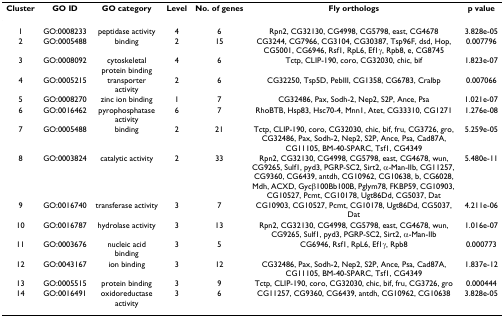
<table><thead><tr><td><b>Cluster</b></td><td><b>GO ID</b></td><td><b>GO category</b></td><td><b>Level</b></td><td><b>No. of genes</b></td><td><b>Fly orthologs</b></td><td><b>p value</b></td></tr></thead><tbody><tr><td>1</td><td>GO:0008233</td><td>peptidase activity</td><td>4</td><td>6</td><td>Rpn2, CG32130, CG4998, CG5798, east, CG4678</td><td>3.828e-05</td></tr><tr><td>2</td><td>GO:0005488</td><td>binding</td><td>2</td><td>15</td><td>CG3244, CG7966, CG3104, CG30387, Tsp96F, dsd, Hop, CG5001, CG6946, Rsf1, RpL6, Ef1γ, Rpb8, e, CG8745</td><td>0.007796</td></tr><tr><td>3</td><td>GO:0008092</td><td>cytoskeletal protein binding</td><td>4</td><td>6</td><td>Tctp, CLIP-190, coro, CG32030, chic, bif</td><td>1.823e-07</td></tr><tr><td>4</td><td>GO:0005215</td><td>transporter activity</td><td>2</td><td>6</td><td>CG32250, Tsp5D, PebIII, CG1358, CG6783, Cralbp</td><td>0.007066</td></tr><tr><td>5</td><td>GO:0008270</td><td>zinc ion binding</td><td>1</td><td>7</td><td>CG32486, Pax, Sodh-2, Nep2, S2P, Ance, Psa</td><td>1.021e-07</td></tr><tr><td>6</td><td>GO:0016462</td><td>pyrophosphatase activity</td><td>6</td><td>7</td><td>RhoBTB, Hsp83, Hsc70-4, Mnn1, Atet, CG33310, CG1271</td><td>1.276e-08</td></tr><tr><td>7</td><td>GO:0005488</td><td>binding</td><td>2</td><td>21</td><td>Tctp, CLIP-190, coro, CG32030, chic, bif, fru, CG3726, gro, CG32486, Pax, Sodh-2, Nep2, S2P, Ance, Psa, Cad87A, CG11105, BM-40-SPARC, Tsf1, CG4349</td><td>5.259e-05</td></tr><tr><td>8</td><td>GO:0003824</td><td>catalytic activity</td><td>2</td><td>33</td><td>Rpn2, CG32130, CG4998, CG5798, east, CG4678, wun, CG9265, Sulf1, pyd3, PGRP-SC2, Sirt2, α-Man-IIb, CG11257, CG9360, CG6439, antdh, CG10962, CG10638, b, CG6028, Mdh, ACXD, Gycβ100Bb100B, Pglym78, FKBP59, CG10903, CG10527, Pcmt, CG10178, Ugt86Dd, CG5037, Dat</td><td>5.480e-11</td></tr><tr><td>9</td><td>GO:0016740</td><td>transferase activity</td><td>3</td><td>7</td><td>CG10903, CG10527, Pcmt, CG10178, Ugt86Dd, CG5037, Dat</td><td>4.211e-06</td></tr><tr><td>10</td><td>GO:0016787</td><td>hydrolase activity</td><td>3</td><td>13</td><td>Rpn2, CG32130, CG4998, CG5798, east, CG4678, wun, CG9265, Sulf1, pyd3, PGRP-SC2, Sirt2, α-Man-IIb</td><td>1.016e-07</td></tr><tr><td>11</td><td>GO:0003676</td><td>nucleic acid binding</td><td>3</td><td>5</td><td>CG6946, Rsf1, RpL6, Ef1γ, Rpb8</td><td>0.000773</td></tr><tr><td>12</td><td>GO:0043167</td><td>ion binding</td><td>3</td><td>12</td><td>CG32486, Pax, Sodh-2, Nep2, S2P, Ance, Psa, Cad87A, CG11105, BM-40-SPARC, Tsf1, CG4349</td><td>1.837e-12</td></tr><tr><td>13</td><td>GO:0005515</td><td>protein binding</td><td>3</td><td>9</td><td>Tctp, CLIP-190, coro, CG32030, chic, bif, fru, CG3726, gro</td><td>0.000444</td></tr><tr><td>14</td><td>GO:0016491</td><td>oxidoreductase activity</td><td>3</td><td>6</td><td>CG11257, CG9360, CG6439, antdh, CG10962, CG10638</td><td>3.828e-05</td></tr></tbody></table>